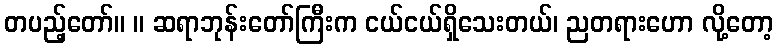
တပည့်တော်။ ။ ဆရာဘုန်းတော်ကြီးက ငယ်ငယ်ရှိသေးတယ်၊ ညတရားဟော လို့တော့